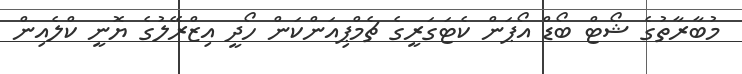
މުބާރާތުގެ ޝޯޓް ބޯޑް އޯޕަން ކެޓަގަރީގެ ޗެމްޕިއަންކަން ހޯދީ އިޒްރޭލުގެ ޔޮނީ ކްލެއިން